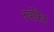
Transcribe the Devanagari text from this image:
टर्बोकैट